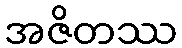
အဇိတဿ